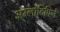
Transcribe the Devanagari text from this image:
अम्लोदिपिने